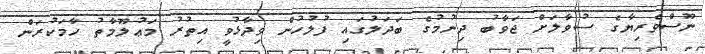
ނޫސްވެރިޔާގެ ސުވާލަށް ޖަވާބު ދިނުމުގެ ބަދަލުގައި ފުލުހުން ވިދާޅުވީ އިތުރު މަޢުލޫމާތު ހާމަކުރަން